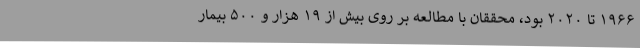
۱۹۶۶ تا ۲۰۲۰ بود، محققان با مطالعه بر روی بیش از ۱۹ هزار و ۵۰۰ بیمار